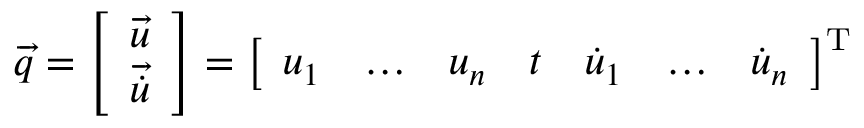
{ \overrightarrow { q } } = { \left[ \begin{array} { l } { { \overrightarrow { u } } } \\ { { \overrightarrow { \dot { u } } } } \end{array} \right] } = { \left[ \begin{array} { l l l l l l l } { u _ { 1 } } & { \ldots } & { u _ { n } } & { t } & { { \dot { u } } _ { 1 } } & { \ldots } & { { \dot { u } } _ { n } } \end{array} \right] } ^ { \mathrm { T } }